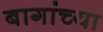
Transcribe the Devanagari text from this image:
बागांच्या